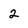
Character: 2